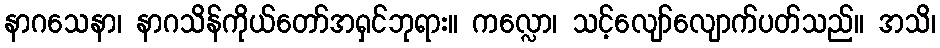
နာဂသေနာ၊ နာဂသိန်ကိုယ်တော်အရှင်ဘုရား။ ကလ္လော၊ သင့်လျော်လျောက်ပတ်သည်။ အသိ၊